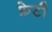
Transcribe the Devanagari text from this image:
फ़ेटी